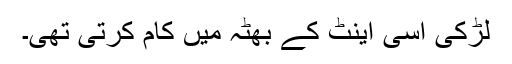
لڑکی اسی اینٹ کے بھٹہ میں کام کرتی تھی۔